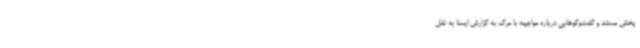
پخش مستند و گفت‌وگوهایی درباره مواجهه با مرگ به گزارش ایسنا به نقل